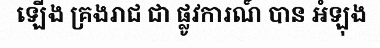
ឡើង គ្រងរាជ ជា ផ្លូវការណ៍ បាន អំឡុង